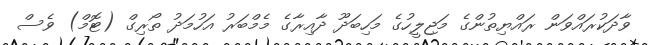
ވާދަކުރައްވަން ރައްޔިތުންގެ މަޖިލީހުގެ މަހިބަދޫ ދާއިރާގެ މެމްބަރު އަހުމަދު ތޯރިގް (ޓޮމް) ވެސް